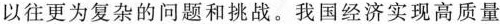
以往更为复杂的问题和挑战。我国经济实现高质量